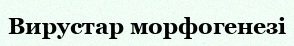
Вирустар морфогенезі